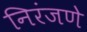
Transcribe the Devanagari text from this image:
निरंजणे